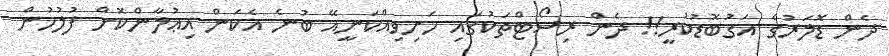
ދެން ޑޮލަރުގެ އަގުބޮޑުކުރީ!! ދެން ރިސޯޓްތަކުގައި ހަށިވިއްކަނީއޭ ބުނެ އެކަން އިޢުލާންކޮށް ފުލުހުން